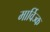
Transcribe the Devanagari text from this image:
मार्विज्क